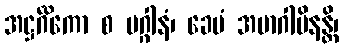
အဋ္ဌင်္ဂိကော စ မဂ္ဂါနံ၊ ခေမံ အမာဂါမိနန္တိ၊